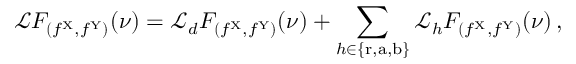
\mathcal { L } F _ { ( f ^ { \mathrm { X } } , f ^ { \mathrm { Y } } ) } ( \nu ) = \mathcal { L } _ { d } F _ { ( f ^ { \mathrm { X } } , f ^ { \mathrm { Y } } ) } ( \nu ) + \sum _ { h \in \{ \mathrm { r } , \mathrm { a } , \mathrm { b } \} } \mathcal { L } _ { h } F _ { ( f ^ { \mathrm { X } } , f ^ { \mathrm { Y } } ) } ( \nu ) \, ,